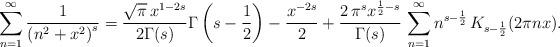
LaTeX: \begin{align*}\sum_{n=1}^{\infty}\frac{1}{\left(n^{2}+x^{2}\right)^{s}}=\frac{\sqrt{\pi}\,x^{1-2s}}{2\Gamma(s)}\Gamma\left(s-\frac{1}{2}\right)-\frac{x^{-2s}}{2}+\frac{2\,\pi^{s}x^{\frac{1}{2}-s}}{\Gamma(s)}\,\sum_{n=1}^{\infty}n^{s-\frac{1}{2}}\,K_{s-\frac{1}{2}}(2\pi nx).\end{align*}